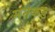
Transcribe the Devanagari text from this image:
मनकड